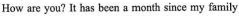
How are you? It has been a month since my family